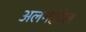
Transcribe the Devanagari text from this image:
अलगाज़ेल